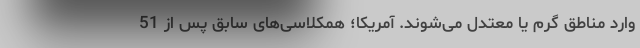
وارد مناطق گرم یا معتدل می‌شوند. آمریکا؛ همکلاسی‌های سابق پس از 51